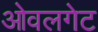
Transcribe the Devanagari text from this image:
ओवलगेट